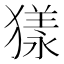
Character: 𤡀